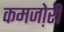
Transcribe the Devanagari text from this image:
कमजो़री